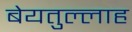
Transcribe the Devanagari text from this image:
बेयतुल्लाह